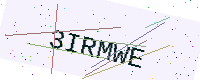
Text: 3IRMWE